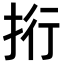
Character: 𢫱